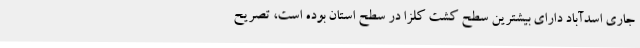
جاری اسدآباد دارای بیشترین سطح کشت کلزا در سطح استان بوده است، تصریح